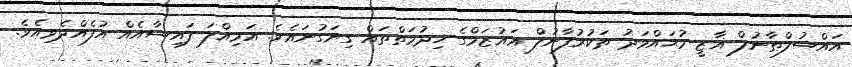
އައްސުލްޠާނުލް ޣާޒީ މުޙައްމަދު ތަކުރުފާނުލް ޢައުޒަމްގެ ޚިދުމަތްތައް ގިނަގުނައެވެ. އަމިއްލަ ފައިސާއެއް އުފެއްދެވިއެވެ.